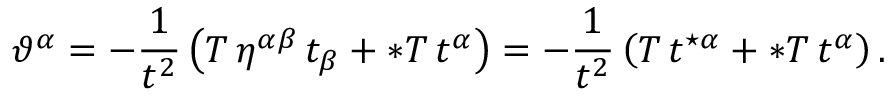
\vartheta ^ { \alpha } = - { \frac { 1 } { t ^ { 2 } } } \left( T \, \eta ^ { \alpha \beta } \, t _ { \beta } + \ast T \, t ^ { \alpha } \right) = - { \frac { 1 } { t ^ { 2 } } } \left( T \, t ^ { \star \alpha } + \ast T \, t ^ { \alpha } \right) .